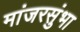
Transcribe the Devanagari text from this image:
मांजरसुंभा